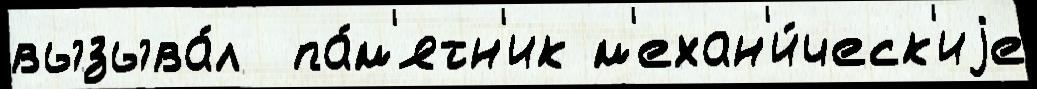
вызыва́л  па́м'ятн'ик м'ехан'и́ческ'иjе